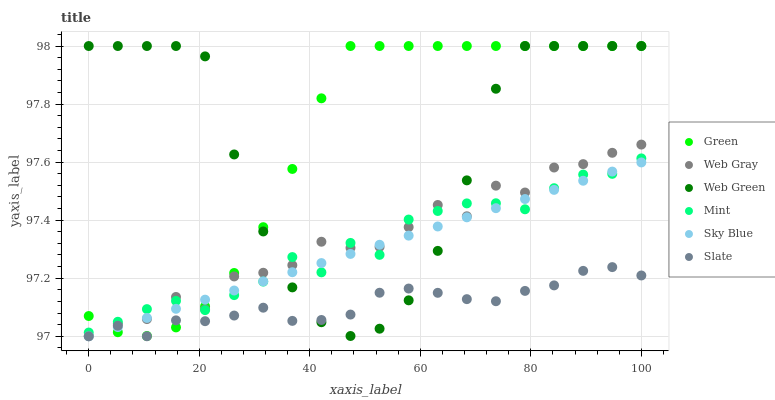
| xaxis_label | Green | Web Gray | Web Green | Mint | Sky Blue | Slate |
 | --- | --- | --- | --- | --- | --- | --- |
 | 0 | 97.1 | 97 | 98 | 97 | 97 | 97 |
 | 5.26 | 97 | 97 | 98 | 97 | 97 | 97 |
 | 10.5 | 97 | 97.1 | 98 | 97.1 | 97.1 | 97 |
 | 15.8 | 97 | 97.1 | 98 | 97.1 | 97.1 | 97.1 |
 | 21.1 | 97.1 | 97.1 | 98 | 97.1 | 97.1 | 97.1 |
 | 26.3 | 97.2 | 97.2 | 97.6 | 97.1 | 97.2 | 97.1 |
 | 31.6 | 97.4 | 97.2 | 97.4 | 97.2 | 97.2 | 97.1 |
 | 36.8 | 97.6 | 97.2 | 97.2 | 97.3 | 97.2 | 97.1 |
 | 42.1 | 97.8 | 97.3 | 97 | 97.2 | 97.3 | 97.1 |
 | 47.4 | 98 | 97.3 | 97 | 97.3 | 97.3 | 97.1 |
 | 52.6 | 98 | 97.3 | 97 | 97.3 | 97.3 | 97.1 |
 | 57.9 | 98 | 97.4 | 97.1 | 97.4 | 97.3 | 97.2 |
 | 63.2 | 98 | 97.5 | 97.3 | 97.4 | 97.4 | 97.1 |
 | 68.4 | 98 | 97.4 | 97.5 | 97.5 | 97.4 | 97.1 |
 | 73.7 | 98 | 97.5 | 97.9 | 97.5 | 97.4 | 97.1 |
 | 78.9 | 98 | 97.5 | 98 | 97.4 | 97.5 | 97.2 |
 | 84.2 | 98 | 97.6 | 98 | 97.5 | 97.5 | 97.2 |
 | 89.5 | 98 | 97.6 | 98 | 97.6 | 97.5 | 97.2 |
 | 94.7 | 98 | 97.6 | 98 | 97.6 | 97.6 | 97.2 |
 | 100 | 98 | 97.7 | 98 | 97.6 | 97.6 | 97.2 |